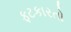
ફટકારતો